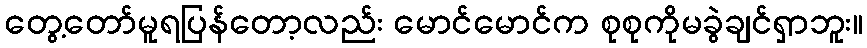
တွေ့တော်မူရပြန်တော့လည်း မောင်မောင်က စုစုကိုမခွဲချင်ရှာဘူး။